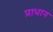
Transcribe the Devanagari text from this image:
प्राधान